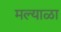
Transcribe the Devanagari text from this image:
मल्याळा